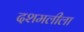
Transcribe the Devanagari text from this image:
दशमलीला